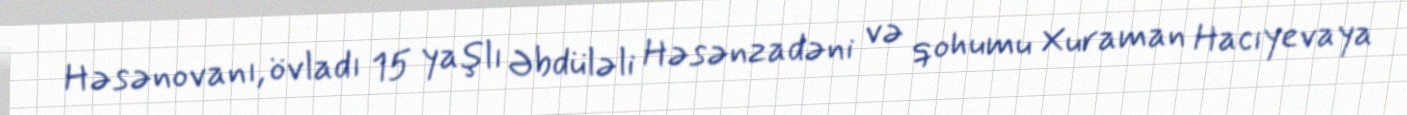
Həsənovanı, övladı 15 yaşlı Əbdüləli Həsənzadəni və qohumu Xuraman Hacıyevaya